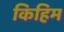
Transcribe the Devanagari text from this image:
किहिम